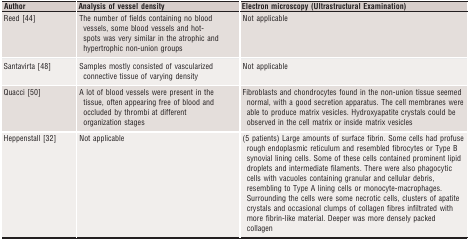
| Author | Analysis of vessel density | Electron microscopy (Ultrastructural Examination) |
 | --- | --- | --- |
 | Reed 44 | The number of fields containing no blood vessels, some blood vessels and hot-spots was very similar in the atrophic and hypertrophic non-union groups | Not applicable |
 | Santavirta 48 | Samples mostly consisted of vascularized connective tissue of varying density | Not applicable |
 | Quacci 50 | A lot of blood vessels were present in the tissue, often appearing free of blood and occluded by thrombi at different organization stages | Fibroblasts and chondrocytes found in the non-union tissue seemed normal, with a good secretion apparatus. The cell membranes were able to produce matrix vesicles. Hydroxyapatite crystals could be observed in the cell matrix or inside matrix vesicles |
 | Heppenstall 32 | Not applicable | (5 patients) Large amounts of surface fibrin. Some cells had profuse rough endoplasmic reticulum and resembled fibrocytes or Type B synovial lining cells. Some of these cells contained prominent lipid droplets and intermediate filaments. There were also phagocytic cells with vacuoles containing granular and cellular debris, resembling to Type A lining cells or monocyte-macrophages. Surrounding the cells were some necrotic cells, clusters of apatite crystals and occasional clumps of collagen fibres infiltrated with more fibrin-like material. Deeper was more densely packed collagen |